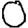
Digit: 0